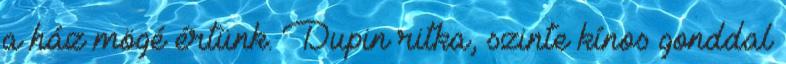
a ház mögé értünk. Dupin ritka, szinte kínos gonddal